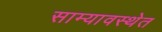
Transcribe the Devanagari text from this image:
साम्यावस्थेत